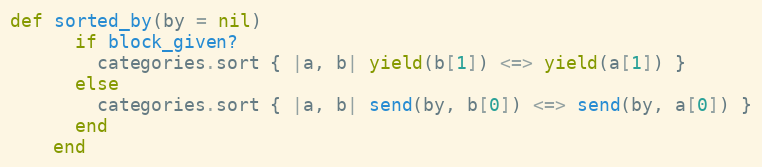
Language: Ruby
def sorted_by(by = nil)
      if block_given?
        categories.sort { |a, b| yield(b[1]) <=> yield(a[1]) }
      else
        categories.sort { |a, b| send(by, b[0]) <=> send(by, a[0]) }
      end
    end